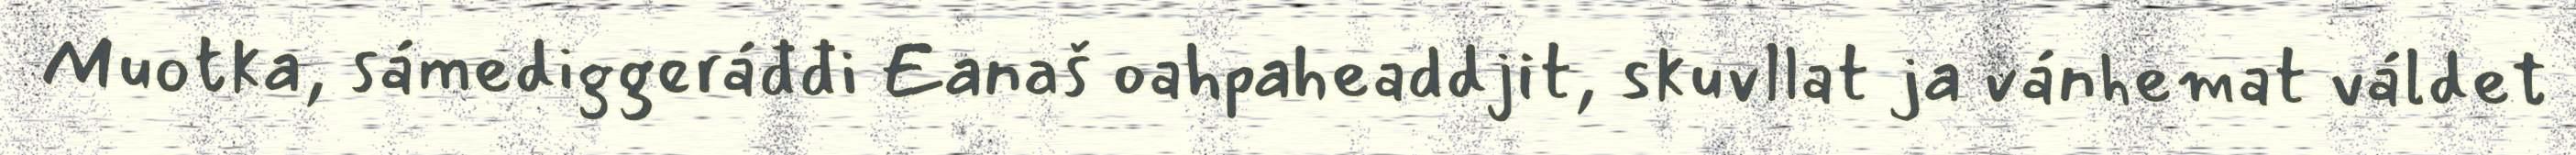
Muotka, sámediggeráđđi Eanaš oahpaheaddjit, skuvllat ja vánhemat váldet